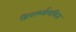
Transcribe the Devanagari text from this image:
द्विपार्श्व्सममित